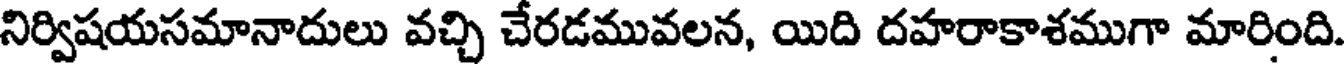
నిర్విషయసమానాదులు వచ్చి చేరడమువలన, యిది దహరాకాశముగా మారింది.